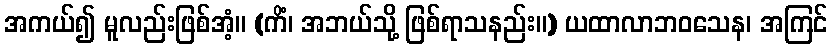
အကယ်၍ မူလည်းဖြစ်အံ့။ (ကိံ၊ အဘယ်သို့ ဖြစ်ရာသနည်း။) ယထာလာဘဝသေန၊ အကြင်